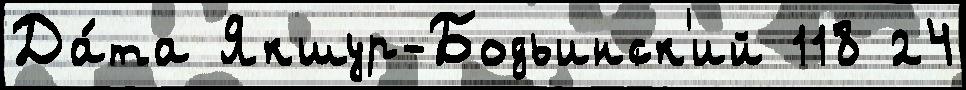
Да́та Якшур-Бодьинск'ий 118 24